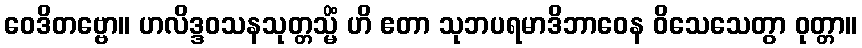
ဝေဒိတဗ္ဗော။ ဟလိဒ္ဒဝသနသုတ္တသ္မိံ ဟိ ဧတာ သုဘပရမာဒိဘာဝေန ဝိသေသေတွာ ဝုတ္တာ။